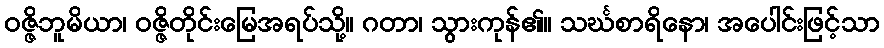
ဝဇ္ဇိဘူမိယာ၊ ဝဇ္ဇိတိုင်းမြေအရပ်သို့။ ဂတာ၊ သွားကုန်၏။ သင်္ဃစာရိနော၊ အပေါင်းဖြင့်သာ